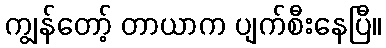
ကျွန်တော့် တာယာက ပျက်စီးနေပြီ။